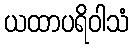
ယထာပရိဝါသံ